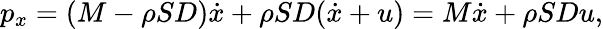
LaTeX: p_{x}=(M-\rho SD)\dot{x}+\rho SD(\dot{x}+u)=M\dot{x}+\rho SDu,